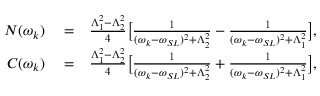
\begin{array} { r l r } { N ( \omega _ { k } ) } & { { } = } & { \frac { \Lambda _ { 1 } ^ { 2 } - \Lambda _ { 2 } ^ { 2 } } { 4 } \big [ \frac { 1 } { ( \omega _ { k } - \omega _ { S L } ) ^ { 2 } + \Lambda _ { 2 } ^ { 2 } } - \frac { 1 } { ( \omega _ { k } - \omega _ { S L } ) ^ { 2 } + \Lambda _ { 1 } ^ { 2 } } \big ] , } \\ { C ( \omega _ { k } ) } & { { } = } & { \frac { \Lambda _ { 1 } ^ { 2 } - \Lambda _ { 2 } ^ { 2 } } { 4 } \big [ \frac { 1 } { ( \omega _ { k } - \omega _ { S L } ) ^ { 2 } + \Lambda _ { 2 } ^ { 2 } } + \frac { 1 } { ( \omega _ { k } - \omega _ { S L } ) ^ { 2 } + \Lambda _ { 1 } ^ { 2 } } \big ] , } \end{array}